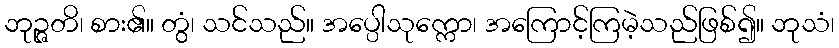
ဘုဉ္ဇတိ၊ စား၏။ တွံ၊ သင်သည်။ အပ္ပေါသုက္ကော၊ အကြောင့်ကြမဲ့သည်ဖြစ်၍။ ဘုသံ၊